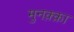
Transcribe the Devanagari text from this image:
मुनक़्क़ा